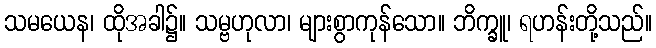
သမယေန၊ ထိုအခါ၌။ သမ္ဗဟုလာ၊ များစွာကုန်သော။ ဘိက္ခူ၊ ရဟန်းတို့သည်။